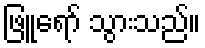
ဖြူရော် သွားသည်။